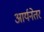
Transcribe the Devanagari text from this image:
आर्यनेतर